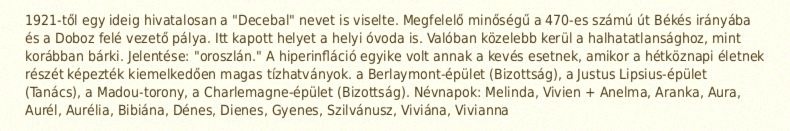
1921-től egy ideig hivatalosan a "Decebal" nevet is viselte. Megfelelő minőségű a 470-es számú út Békés irányába és a Doboz felé vezető pálya. Itt kapott helyet a helyi óvoda is. Valóban közelebb kerül a halhatatlansághoz, mint korábban bárki. Jelentése: "oroszlán." A hiperinfláció egyike volt annak a kevés esetnek, amikor a hétköznapi életnek részét képezték kiemelkedően magas tízhatványok. a Berlaymont-épület (Bizottság), a Justus Lipsius-épület (Tanács), a Madou-torony, a Charlemagne-épület (Bizottság). Névnapok: Melinda, Vivien + Anelma, Aranka, Aura, Aurél, Aurélia, Bibiána, Dénes, Dienes, Gyenes, Szilvánusz, Viviána, Vivianna